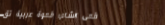
مقهى الشام: قهوة عربية تق